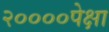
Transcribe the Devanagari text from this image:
२००००पेक्षा